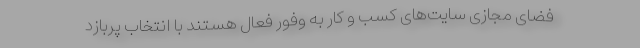
فضای مجازی سایت‌های کسب و کار به وفور فعال هستند با انتخاب پربازد